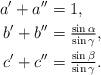
LaTeX: \begin{align*}a' + a'' &= 1,\\b' + b'' &= \tfrac{\sin \alpha}{\sin \gamma},\\c' + c'' &= \tfrac{\sin \beta}{\sin \gamma}.\end{align*}